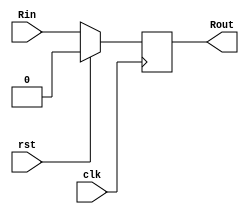
`timescale 1ns / 1ps

module register_1 #(parameter SIZE = 1)(
    input clk,
    input rst,
    input [SIZE-1:0] Rin,
    output reg [SIZE-1:0]  Rout
    );  
    
    always @(posedge clk) 
    begin
    if (rst==1) begin
       Rout <= {SIZE{1'd0}};    
    end else
       Rout <= Rin; 
    end 

endmodule